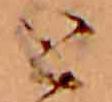
と